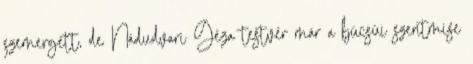
szemergett, de Nádudvari Géza testvér már a búcsúi szentmise